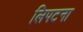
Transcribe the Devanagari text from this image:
लिपटना